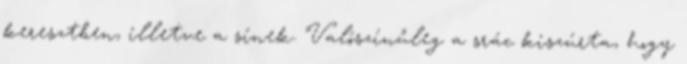
keresztben, illetve a sínek. Valószínűleg a srác kiszúrta, hogy